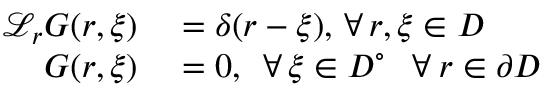
\begin{array} { r l } { \mathcal { L } _ { \boldsymbol { r } } G ( \boldsymbol { r } , \boldsymbol { \xi } ) } & { { } = \delta ( \boldsymbol { r } - \boldsymbol { \xi } ) , \, \forall \, \boldsymbol { r } , \boldsymbol { \xi } \in D } \\ { G ( \boldsymbol { r } , \boldsymbol { \xi } ) } & { { } = 0 , \, \, \, \forall \, \boldsymbol { \xi } \in D ^ { \circ } \: \: \, \, \forall \: \boldsymbol { r } \in \partial D } \end{array}